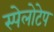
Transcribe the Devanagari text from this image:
स्पेलोटेप